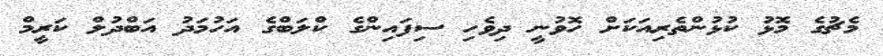
މެޗުގެ މޮޅު ކުޅުންތެރިއަކަށް ހޮވުނީ ދިވެހި ސިފައިންގެ ކްލަބްގެ އަހުމަދު އަބްދުލް ކަރީމް